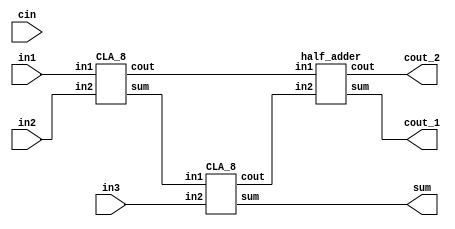
module carry_lookahead_adder_3_8bits(output [7:0] sum,
                                   output cout_1, cout_2,
                                   input [7:0] in1, in2, in3,
                                   input cin);

  wire [7:0] s1;
  wire c1;
  CLA_8      CLA_1(s1,  c1,     in1, in2);
  CLA_8      CLA_2(sum, c2,     s1,   in3);
  half_adder HA_01(cout_1, cout_2, c1, c2);
endmodule

module CLA_8(output [7:0] sum, output cout, input [7:0] in1, input [7:0] in2);
  wire[7:0] G;
  wire[7:0] C;
  wire[7:0] P;

  assign G = in1 & in2;
  assign P = in1 ^ in2;

  assign C[0] = 0;  /* Carry_out = Ci+1 = Gi + Pi*Ci */;
  assign C[1] = G[0] | (P[0] & C[0]);
  assign C[2] = G[1] | (P[1] & C[1]);
  assign C[3] = G[2] | (P[2] & C[2]);
  assign C[4] = G[3] | (P[3] & C[3]);
  assign C[5] = G[4] | (P[4] & C[4]);
  assign C[6] = G[5] | (P[5] & C[5]);
  assign C[7] = G[6] | (P[6] & C[6]);
  assign cout = G[7] | (P[7] & C[7]);
  assign sum = P ^ C;
endmodule

module CLA_4(output [3:0] sum, output cout, input [3:0] in1, input [3:0] in2);

    wire[3:0] G;
    wire[3:0] C;
    wire[3:0] P;

    assign G = in1 & in2;
    assign P = in1 ^ in2;

    assign C[0] = 0;  /* Carry_out = Ci+1 = Gi + Pi*Ci */;
    assign C[1] = G[0] | (P[0] & C[0]);
    assign C[2] = G[1] | (P[1] & C[1]);
    assign C[3] = G[2] | (P[2] & C[2]);
    assign cout = G[3] | (P[3] & C[3]);
    assign sum = P ^ C;
endmodule

module half_adder(output wire sum,
                  output wire cout,
                  input wire in1,
                  input wire in2);
    xor(sum, in1, in2);
    and(cout, in1, in2);
endmodule